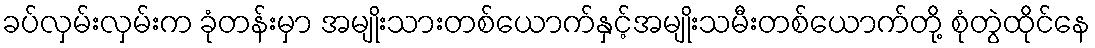
ခပ်လှမ်းလှမ်းက ခုံတန်းမှာ အမျိုးသားတစ်ယောက်နှင့်အမျိုးသမီးတစ်ယောက်တို့ စုံတွဲထိုင်နေ